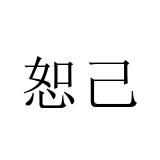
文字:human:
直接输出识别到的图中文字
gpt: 恕己